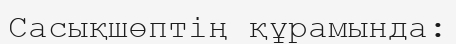
Cасықшөптің құрамында: